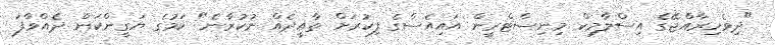
"ދިވެހިރާއްޖޭގެ އިސްލާމިކް މިނިސްޓްރީން އައިއެސްގެ ފިކުރަށް ތާއީދެއް ނުކުރާނެ" ކަމުގެ ޔަގީންކަން ދެއްވާފަ